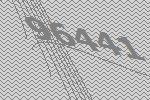
96441